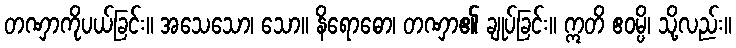
တဏှာကိုပယ်ခြင်း။ အသေသော၊ သော။ နိရောဓော၊ တဏှာ၏ ချုပ်ခြင်း။ ဣတိ ဧဝမ္ပိ၊ သို့လည်း။